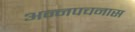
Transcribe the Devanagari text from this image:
अन्नपचनास